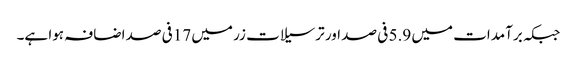
جبکہ برآمدات میں 5.9 فی صد اور ترسیلات زر میں 17فی صد اضافہ ہوا ہے۔